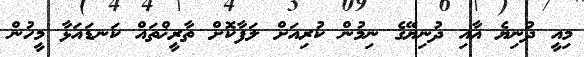
މިއީ ދުނިޔެ އާއި ދުނިޔޭގެ ނިމުން ކުރިއަށް ލަފާކޮށް ތާރީޚްތައް ކަނޑައަޅާ މީހުން